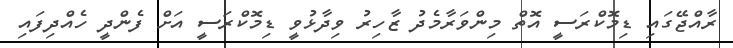
ރާއްޖޭގައި ޑިމޮކްރަސީ އޮތް މިންވަރާމެދު ޒާހިރު ވިދާޅުވީ ޑިމޮކްރަސީ އަށް ފެންދީ ހެއްދިފައި